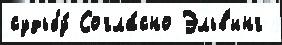
судьбу́ Согла́сно Эльв'инг